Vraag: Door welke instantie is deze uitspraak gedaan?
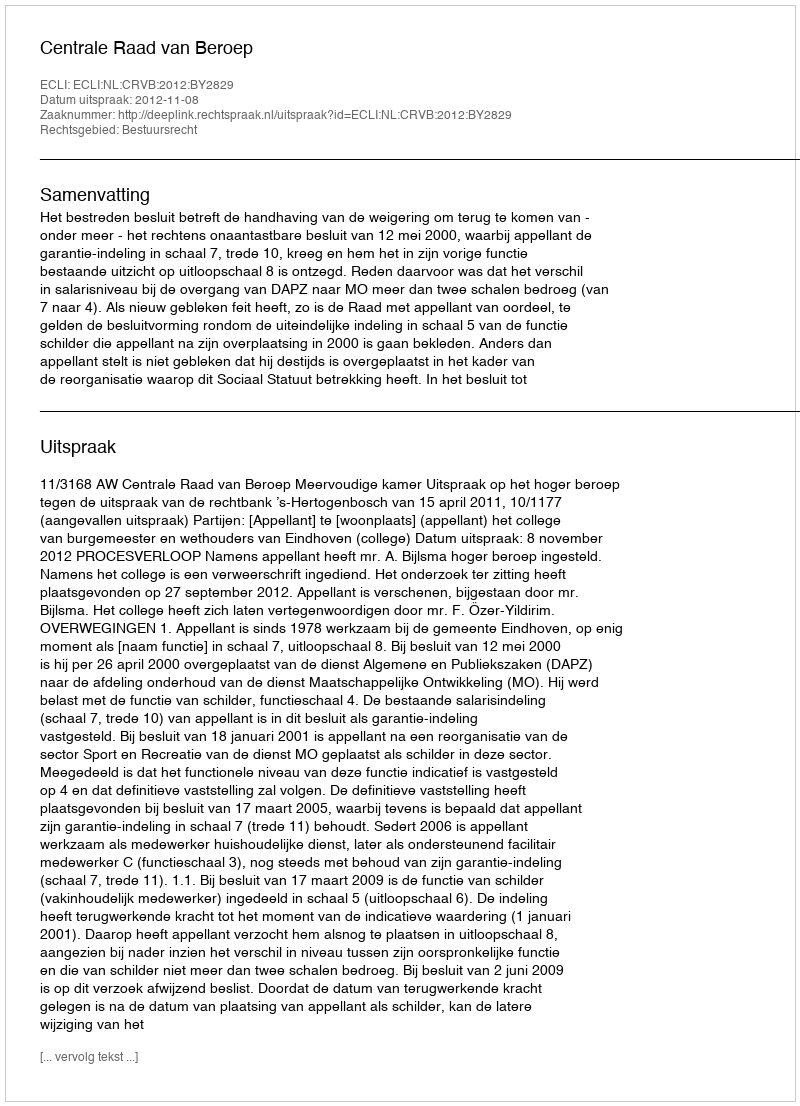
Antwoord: Centrale Raad van Beroep